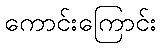
ကောင်းကြောင်း